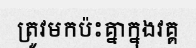
ត្រូវមកប៉ះគ្នាក្នុងវគ្គ